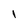
Character: l